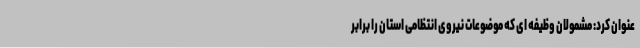
عنوان کرد: مشمولان وظیفه ای که موضوعات نیروی انتظامی استان را برابر